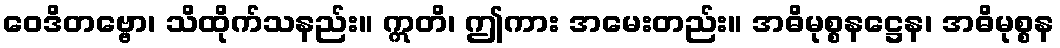
ဝေဒိတဗ္ဗော၊ သိထိုက်သနည်း။ ဣတိ၊ ဤကား အမေးတည်း။ အဓိမုစ္စနဋ္ဌေန၊ အဓိမုစ္စန